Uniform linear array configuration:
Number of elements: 32
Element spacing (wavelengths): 0.5
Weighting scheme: hann
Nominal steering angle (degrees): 0
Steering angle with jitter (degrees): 0.8794
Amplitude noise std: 0.05
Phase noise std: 0.05

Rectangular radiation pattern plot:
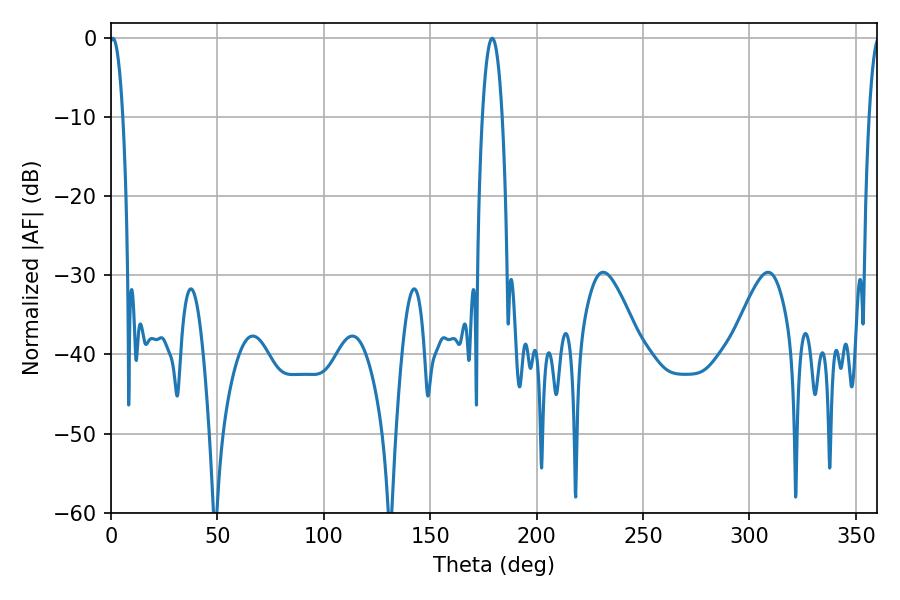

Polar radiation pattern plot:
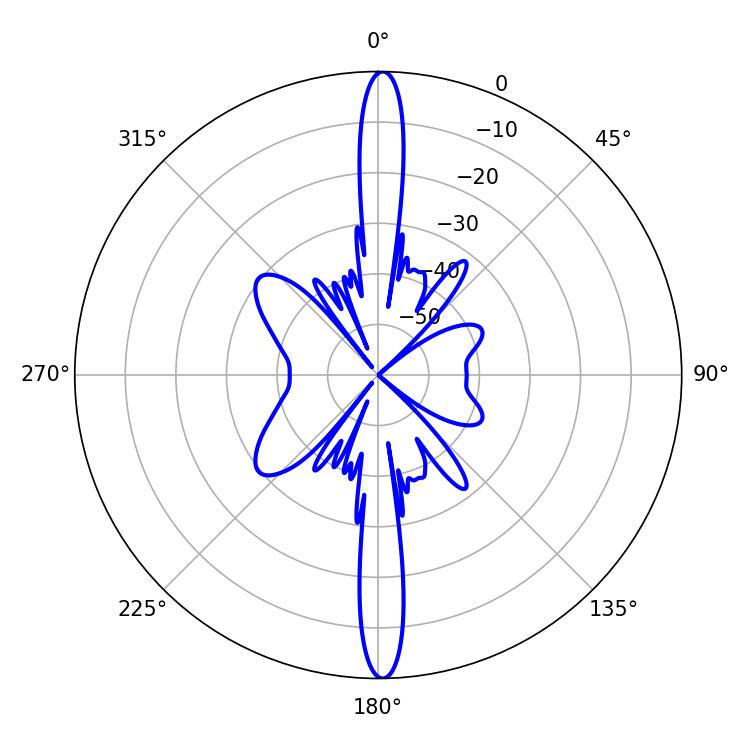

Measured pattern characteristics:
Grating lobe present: FALSE
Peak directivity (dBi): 28.856
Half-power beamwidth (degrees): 3.42
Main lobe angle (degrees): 0.9